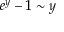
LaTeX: e ^ { y } - 1 \sim y